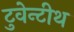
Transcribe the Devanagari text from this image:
टुवेन्टीथ